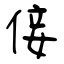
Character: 倿